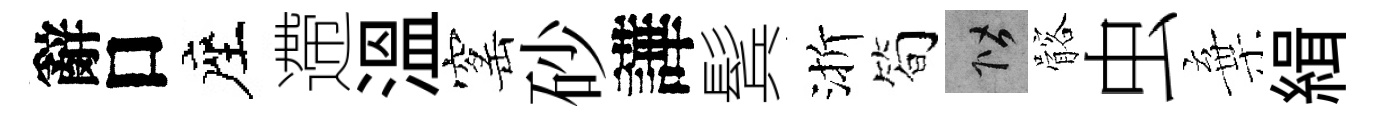
辭口座遰溫窰砂譁鬂渐简階髂虫棄緝